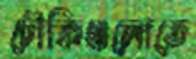
চৌকিগুলোতে